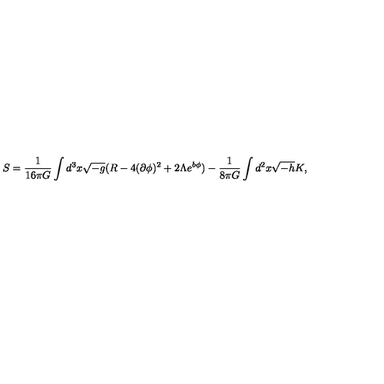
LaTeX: S = \frac { 1 } { 1 6 \pi G } \int d ^ { 3 } x \sqrt { - g } ( R - 4 ( \partial \phi ) ^ { 2 } + 2 \Lambda e ^ { b \phi } ) - \frac { 1 } { 8 \pi G } \int d ^ { 2 } x \sqrt { - h } K ,